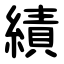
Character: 績